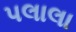
પલાલા